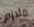
ملازم